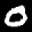
Label: 0